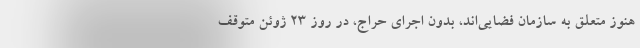
هنوز متعلق به سازمان فضایی‌اند، بدون اجرای حراج، در روز ۲۳ ژوئن متوقف